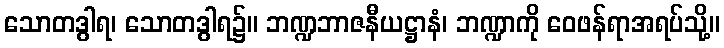
သောတဒွါရ၊ သောတဒွါရ၌။ ဘဏ္ဍဘာဇနီယဋ္ဌာနံ၊ ဘဏ္ဍာကို ဝေဖန်ရာအရပ်သို့။